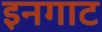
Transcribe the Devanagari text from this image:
इनगाट